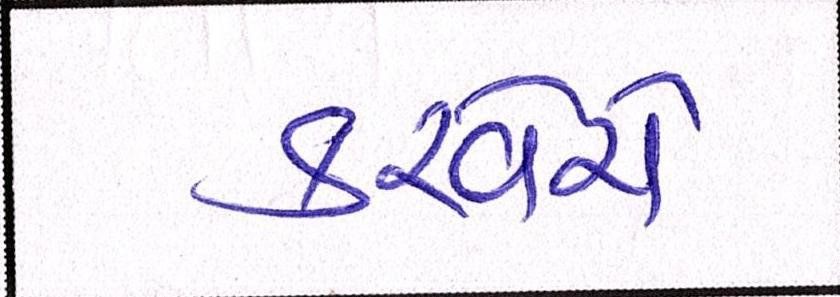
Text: કરવેરો